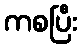
ကစပြီး